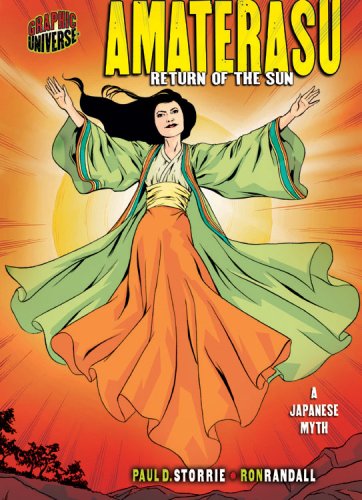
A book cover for Amaterasu: Return of the Sun: A Japanese Myth (Graphic Universe); Paul D. Storrie; Religion & Spirituality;